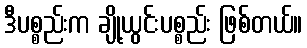
ဒီပစ္စည်းက ချို့ယွင်းပစ္စည်း ဖြစ်တယ်။